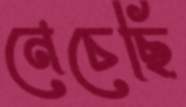
নেচেছি